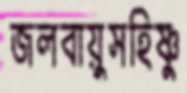
জলবায়ুসহিষ্ণু